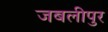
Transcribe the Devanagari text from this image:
जबलीपुर